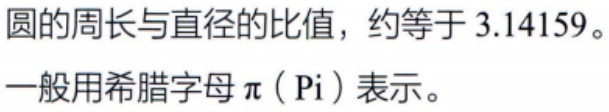
圆的周长与直径的比值，约等于 3.14159。一般用希腊字母$\pi$（Pi）表示。